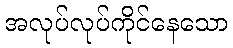
အလုပ်လုပ်ကိုင်နေသော